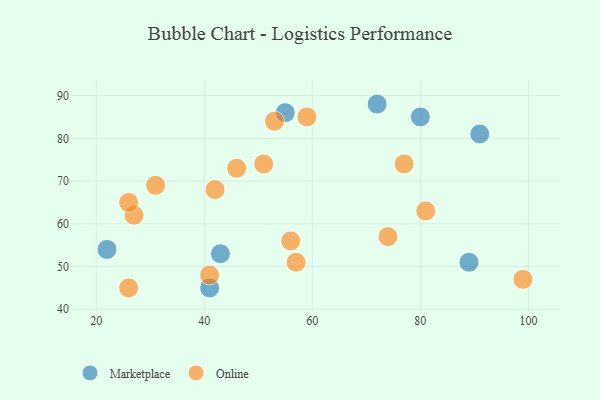
{"axis": {"x": "GDP", "y": "Life Expectancy"}, "legend": ["Marketplace", "Online"], "data": [{"x": "91", "y": 81, "type": "Marketplace"}, {"x": "72", "y": 88, "type": "Marketplace"}, {"x": "22", "y": 54, "type": "Marketplace"}, {"x": "41", "y": 45, "type": "Marketplace"}, {"x": "55", "y": 86, "type": "Marketplace"}, {"x": "43", "y": 53, "type": "Marketplace"}, {"x": "89", "y": 51, "type": "Marketplace"}, {"x": "80", "y": 85, "type": "Marketplace"}, {"x": "26", "y": 45, "type": "Online"}, {"x": "31", "y": 69, "type": "Online"}, {"x": "59", "y": 85, "type": "Online"}, {"x": "53", "y": 84, "type": "Online"}, {"x": "51", "y": 74, "type": "Online"}, {"x": "77", "y": 74, "type": "Online"}, {"x": "46", "y": 73, "type": "Online"}, {"x": "81", "y": 63, "type": "Online"}, {"x": "27", "y": 62, "type": "Online"}, {"x": "41", "y": 48, "type": "Online"}, {"x": "42", "y": 68, "type": "Online"}, {"x": "57", "y": 51, "type": "Online"}, {"x": "56", "y": 56, "type": "Online"}, {"x": "26", "y": 65, "type": "Online"}, {"x": "99", "y": 47, "type": "Online"}, {"x": "74", "y": 57, "type": "Online"}]}